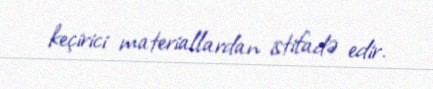
keçirici materiallardan istifadə edir.